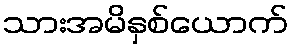
သားအမိနှစ်ယောက်